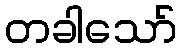
တခါသော်